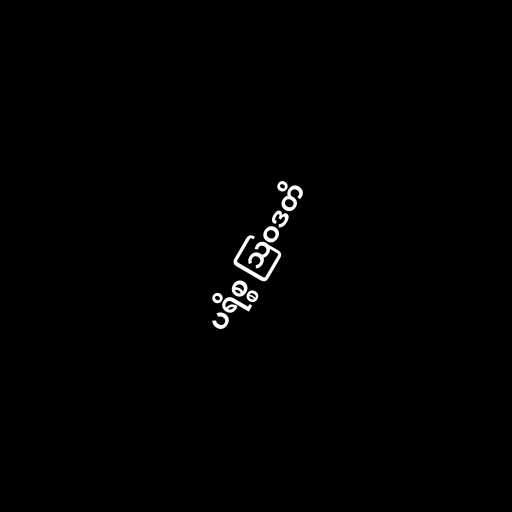
ပရိစ္စ ဩဝဒတိ